Civil Veterinary Dept. Bombay admin report 1914-1922 - 1914-1922
Year: 1914
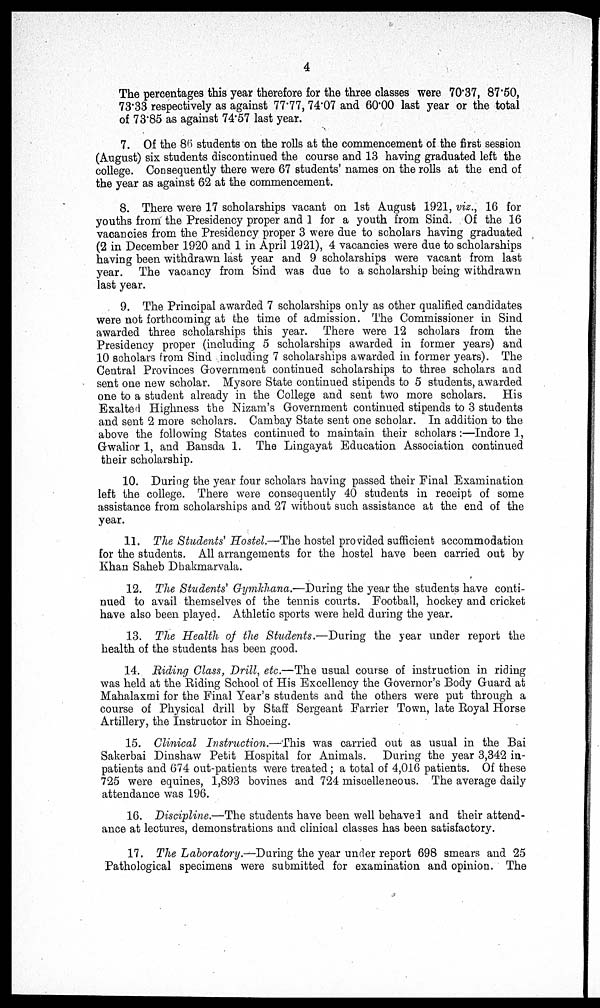
4
The percentages this year therefore for the three classes were 70.37, 87.50,
73.33 respectively as against 77.77, 74.07 and 60.00 last year or the total
of 73.85 as against 74.57 last year.
7. Of the 86 students on the rolls at the commencement of the first session
(August) six students discontinued the course and 13 having graduated left the
college. Consequently there were 67 students' names on the rolls at the end of
the year as against 62 at the commencement.
8. There were 17 scholarships vacant on 1st August 1921, viz., 16 for
youths from the Presidency proper and 1 for a youth from Sind. Of the 16
vacancies from the Presidency proper 3 were due to scholars having graduated
(2 in December 1920 and 1 in April 1921), 4 vacancies were due to scholarships
having been withdrawn last year and 9 scholarships were vacant from last
year. The vacancy from Sind was due to a scholarship being withdrawn
last year.
9. The Principal awarded 7 scholarships only as other qualified candidates
were not forthcoming at the time of admission. The Commissioner in Sind
awarded three scholarships this year. There were 12 scholars from the
Presidency proper (including 5 scholarships awarded in former years) and
10 scholars from Sind including 7 scholarships awarded in former years). The
Central Provinces Government continued scholarships to three scholars and
sent one new scholar. Mysore State continued stipends to 5 students, awarded
one to a student already in the College and sent two more scholars. His
Exalted Highness the Nizam's Government continued stipends to 3 students
and sent 2 more scholars. Cambay State sent one scholar. In addition to the
above the following States continued to maintain their scholars:—Indore 1,
Gwalior 1, and Bansda 1. The Lingayat Education Association continued
their scholarship.
10. During the year four scholars having passed their Final Examination
left the college. There were consequently 40 students in receipt of some
assistance from scholarships and 27 without such assistance at the end of the
year.
11. The Students' Hostel.—The hostel provided sufficient accommodation
for the students. All arrangements for the hostel have been carried out by
Khan Saheb Dhakmarvala.
12. The Students' Gymkhana.—During the year the students have conti-
nued to avail themselves of the tennis courts. Football, hockey and cricket
have also been played. Athletic sports were held during the year.
13. The Health of the Students.—During the year under report the
health of the students has been good.
14. Riding Class, Drill, etc.—The usual course of instruction in riding
was held at the Riding School of His Excellency the Governor's Body Guard at
Mahalaxmi for the Final Year's students and the others were put through a
course of Physical drill by Staff Sergeant Farrier Town, late Royal Horse
Artillery, the Instructor in Shoeing.
15. Clinical Instruction.—This was carried out as usual in the Bai
Sakerbai Dinshaw Petit Hospital for Animals. During the year 3,342 in-
patients and 674 out-patients were treated; a total of 4,016 patients. Of these
725 were equines, 1,893 bovines and 724 miscelleneous. The average daily
attendance was 196.
16. Discipline.—The students have been well behaved and their attend-
ance at lectures, demonstrations and clinical classes has been satisfactory.
17. The Laboratory.—During the year under report 698 smears and 25
Pathological specimens were submitted for examination and opinion. The